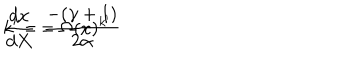
LaTeX: \frac { d x } { d X } = \Omega ( x ) ^ { k ^ { \prime } } \hspace { 2 c m } k ^ { \prime } = \frac { - ( \gamma + 1 ) } { 2 \alpha }